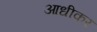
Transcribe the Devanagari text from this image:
आधीकर